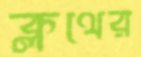
ক্লথের